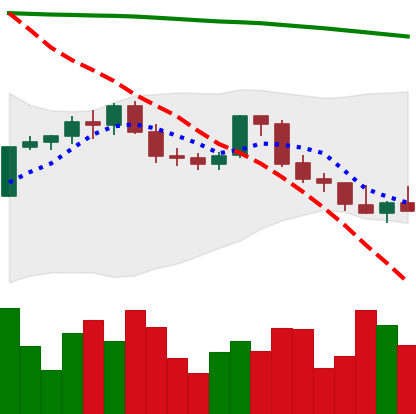
Ticker: ETH-USD
Chart end date: 2022-02-23
Forward return: 12.695%
Label: up_7plus